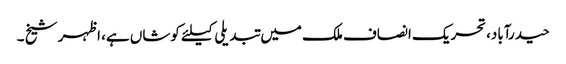
حیدرآباد،تحریک انصاف ملک میں تبدیلی کیلئے کوشاں ہے، اظہر شیخ ۔